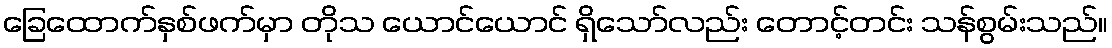
ခြေထောက်နှစ်ဖက်မှာ တိုသ ယောင်ယောင် ရှိသော်လည်း တောင့်တင်း သန်စွမ်းသည်။